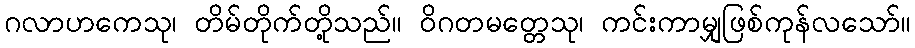
ဂလာဟကေသု၊ တိမ်တိုက်တို့သည်။ ဝိဂတမတ္တေသု၊ ကင်းကာမျှဖြစ်ကုန်လသော်။